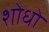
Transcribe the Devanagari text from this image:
शोधो